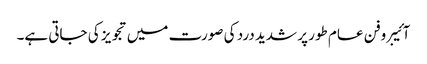
آئیبروفن عام طور پر شدید درد کی صورت میں تجویز کی جاتی ہے۔